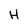
Character: H